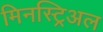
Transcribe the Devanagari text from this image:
मिनस्ट्रिअल